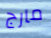
مارج